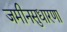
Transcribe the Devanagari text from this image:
जमीनसुधारणा